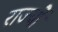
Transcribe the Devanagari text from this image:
राज्योें